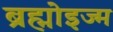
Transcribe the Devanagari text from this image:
ब्रह्मोइज्म